Treatise on elephants
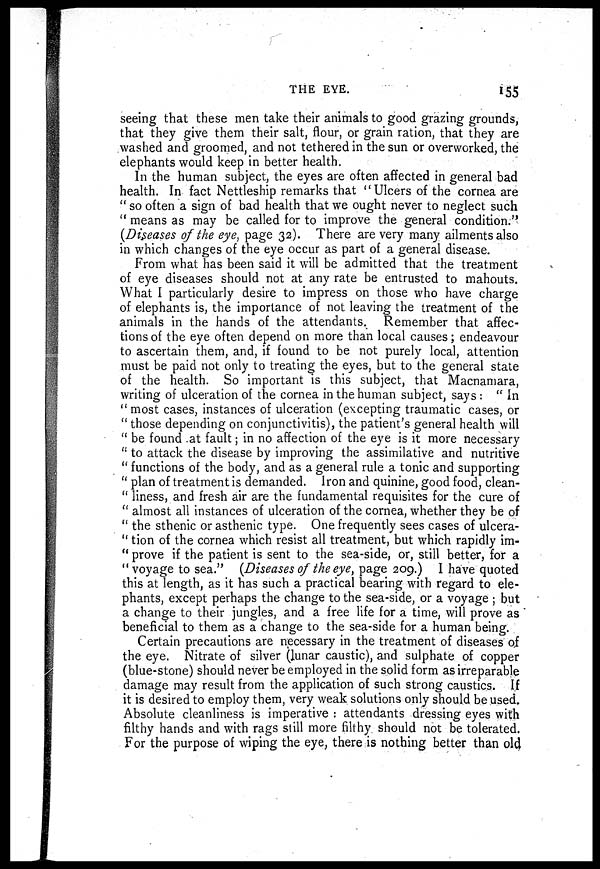
THE EYE.
155
seeing that these men take their animals to good grazing grounds,
that they give them their salt, flour, or grain ration, that they are
washed and groomed, and not tethered in the sun or overworked, the
elephants would keep in better health.
In the human subject, the eyes are often affected in general bad
health. In fact Nettleship remarks that "Ulcers of the cornea are
" so often a sign of bad health that we ought never to neglect such
" means as may be called for to improve the general condition."
(Diseases of the eye, page 32). There are very many ailments also
in which changes of the eye occur as part of a general disease.
From what has been said it will be admitted that the treatment
of eye diseases should not at any rate be entrusted to mahouts.
What I particularly desire to impress on those who have charge
of elephants is, the importance of not leaving the treatment of the
animals in the hands of the attendants. Remember that affec-
tions of the eye often depend on more than local causes; endeavour
to ascertain them, and, if found to be not purely local, attention
must be paid not only to treating the eyes, but to the general state
of the health. So important is this subject, that Macnamara,
writing of ulceration of the cornea in the human subject, says : "In
" most cases, instances of ulceration (excepting traumatic cases, or
" those depending on conjunctivitis), the patient's general health will
" be found at fault; in no affection of the eye is it more necessary
" to attack the disease by improving the assimilative and nutritive
" functions of the body, and as a general rule a tonic and supporting
" plan of treatment is demanded. Iron and quinine, good food, clean-
" liness, and fresh air are the fundamental requisites for the cure of
" almost all instances of ulceration of the cornea, whether they be of
" the sthenic or asthenic type. One frequently sees cases of ulcera-
" tion of the cornea which resist all treatment, but which rapidly im-
" prove if the patient is sent to the sea-side, or, still better, for a
" voyage to sea." (Diseases of the eye, page 209.) I have quoted
this at length, as it has such a practical bearing with regard to ele-
phants, except perhaps the change to the sea-side, or a voyage ; but
a change to their jungles, and a free life for a time, will prove as
beneficial to them as a change to the sea-side for a human being.
Certain precautions are necessary in the treatment of diseases of
the eye. Nitrate of silver (lunar caustic), and sulphate of copper
(blue-stone) should never be employed in the solid form as irreparable
damage may result from the application of such strong caustics. If
it is desired to employ them, very weak solutions only should be used.
Absolute cleanliness is imperative : attendants dressing eyes with
filthy hands and with rags still more filthy should not be tolerated.
For the purpose of wiping the eye, there is nothing better than old